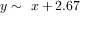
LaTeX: y \sim \ x + 2 . 6 7